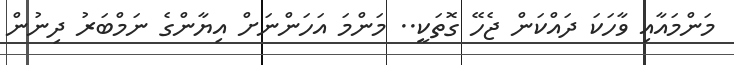
މަންމައާއި ވާހަަކަ ދައްކަން ޖެހޭ ގޮތަކީ.. މަންމަ އަހަންނަށް އިޔާންގެ ނަމްބަރު ދިނުން